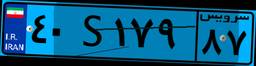
۴۰S۱۷۹۸۷